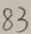
8 3